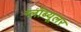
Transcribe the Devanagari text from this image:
ग्लॉब्यूलर